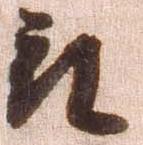
被